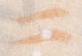
二